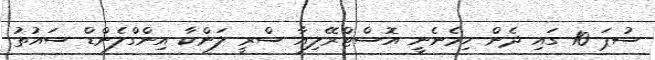
ސުޕަ 10 ގައި ދެން ހިމެނެނީ އޮސްޓްރޭލިއާ ސްރީ ލަންކާ އިންގްލެންޑް ސައުތު